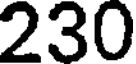
230